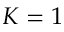
K = 1